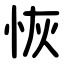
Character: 恢